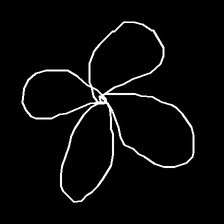
Glyph: billowing